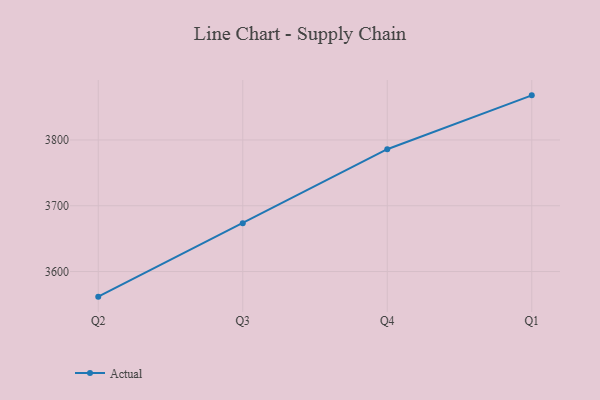
{"axis": {"x": "Quarter", "y": "Inventory Turnover"}, "legend": ["Actual"], "data": [{"x": "Q2", "y": 3561.8, "type": "Actual"}, {"x": "Q3", "y": 3673.4, "type": "Actual"}, {"x": "Q4", "y": 3785.9, "type": "Actual"}, {"x": "Q1", "y": 3867.8, "type": "Actual"}]}